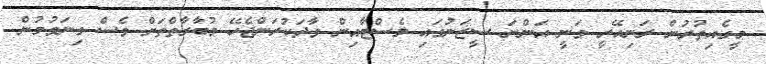
މީގެއިތުރުން ރަނިއޭރީ ވަނީ އަންނަ ސީޒަނުގައި ލެސްޓާއިން ވާދަކުރަންޖެހޭ މުބާރާތްތަށް ވެސް ގިނަވުމުން